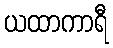
ယထာကာရီ